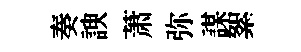
奏諛萧弥謀絮